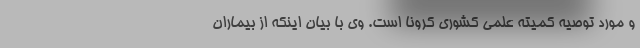
و مورد توصیه کمیته علمی کشوری کرونا است. وی با بیان اینکه از بیماران